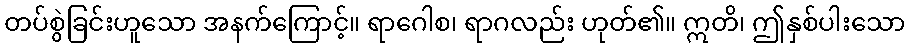
တပ်စွဲခြင်းဟူသော အနက်ကြောင့်။ ရာဂေါစ၊ ရာဂလည်း ဟုတ်၏။ ဣတိ၊ ဤနှစ်ပါးသော